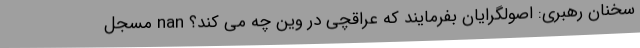
سخنان رهبری: اصولگرایان بفرمایند که عراقچی در وین چه می کند؟ nan مسجل